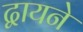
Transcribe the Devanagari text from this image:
द्वायने